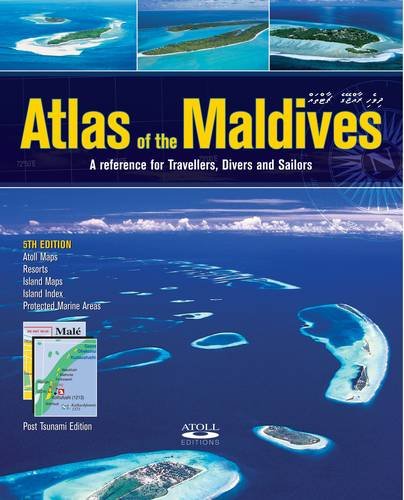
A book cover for Atlas of the Maldives: A Reference for Travellers, Divers and Sailors; Tim Godfrey; Travel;